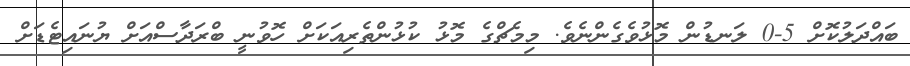
ބައްދަލުކޮށް 5-0 ލަނޑުން މޮޅުވެގެންނެވެ. މިމެޗްގެ މޮޅު ކުޅުންތެރިއަކަށް ހޮވުނީ ބްރަދާސްއަށް ޔުނައިޓެޑަށް